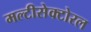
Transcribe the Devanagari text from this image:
मल्टीसेक्टोरल